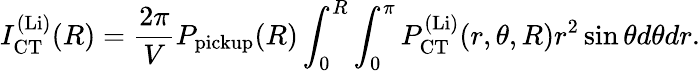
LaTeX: I_{\mathrm{CT}}^{\mathrm{(Li)}}(R)=\frac{2\pi}{V}P_{\mathrm{pickup}}(R)\int_{0}^{R}\int_{0}^{\pi}P_{\mathrm{CT}}^{\mathrm{(Li)}}(r,\theta,R)r^{2}\sin\theta d\theta dr.